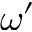
\omega ^ { \prime }